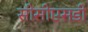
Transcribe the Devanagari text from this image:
सीसीएसडी